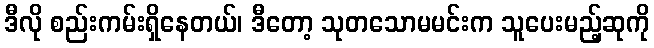
ဒီလို စည်းကမ်းရှိနေတယ်၊ ဒီတော့ သုတသောမမင်းက သူပေးမည့်ဆုကို